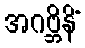
အဂဗ္ဘိနိံ